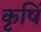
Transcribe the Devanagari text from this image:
कृषिं